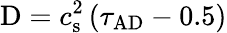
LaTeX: \mathrm{D}=c_{\mathrm{s}}^{2}\left(\tau_{\mathrm{AD}}-0.5\right)